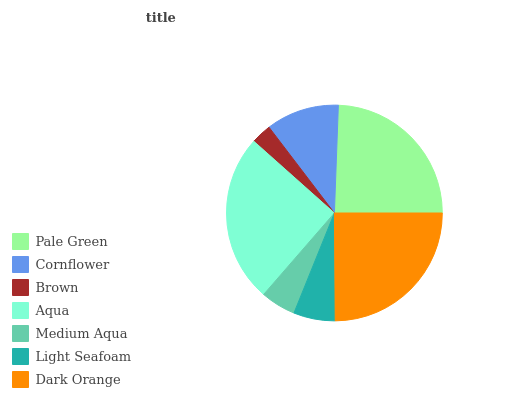
| Pale Green | Cornflower | Brown | Aqua | Medium Aqua | Light Seafoam | Dark Orange |
 | --- | --- | --- | --- | --- | --- | --- |
 | 24.4% | 11% | 3.06% | 25.2% | 5.28% | 6.25% | 24.9% |